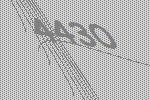
4430